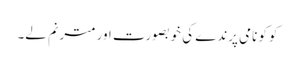
کوکو نامی پرندے کی خوبصورت اور مترنم لے۔